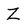
Character: Z